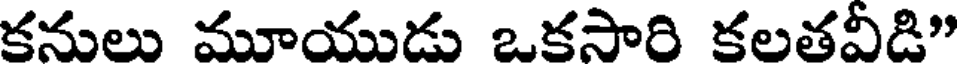
కనులు మూయుడు ఒకసారి కలతవీడి"